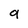
Character: 9